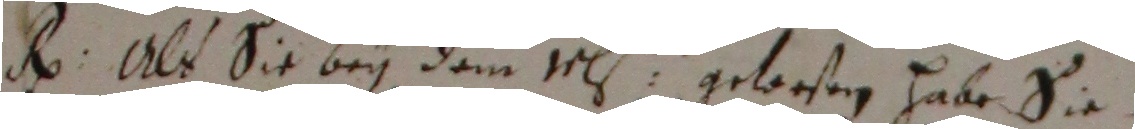
R. Als sie bey dem 1ls gelosen habe sie